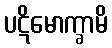
ပဋိမောက္ခာမိ